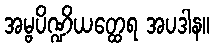
အမ္ဗပိဏ္ဍိယတ္ထေရ အပဒါန။